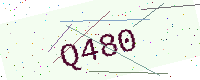
Text: Q480